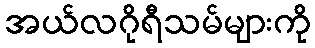
အယ်လဂိုရီသမ်များကို